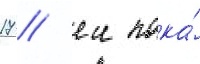
17 / еи пока́